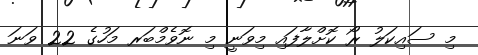
މި ސައިކަލު ރޯ ކޮށްލާފައި މިވަނީ މި ނޮވެމްބަރ މަހުގެ 22 ވަނަ